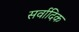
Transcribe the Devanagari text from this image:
सर्वादिक